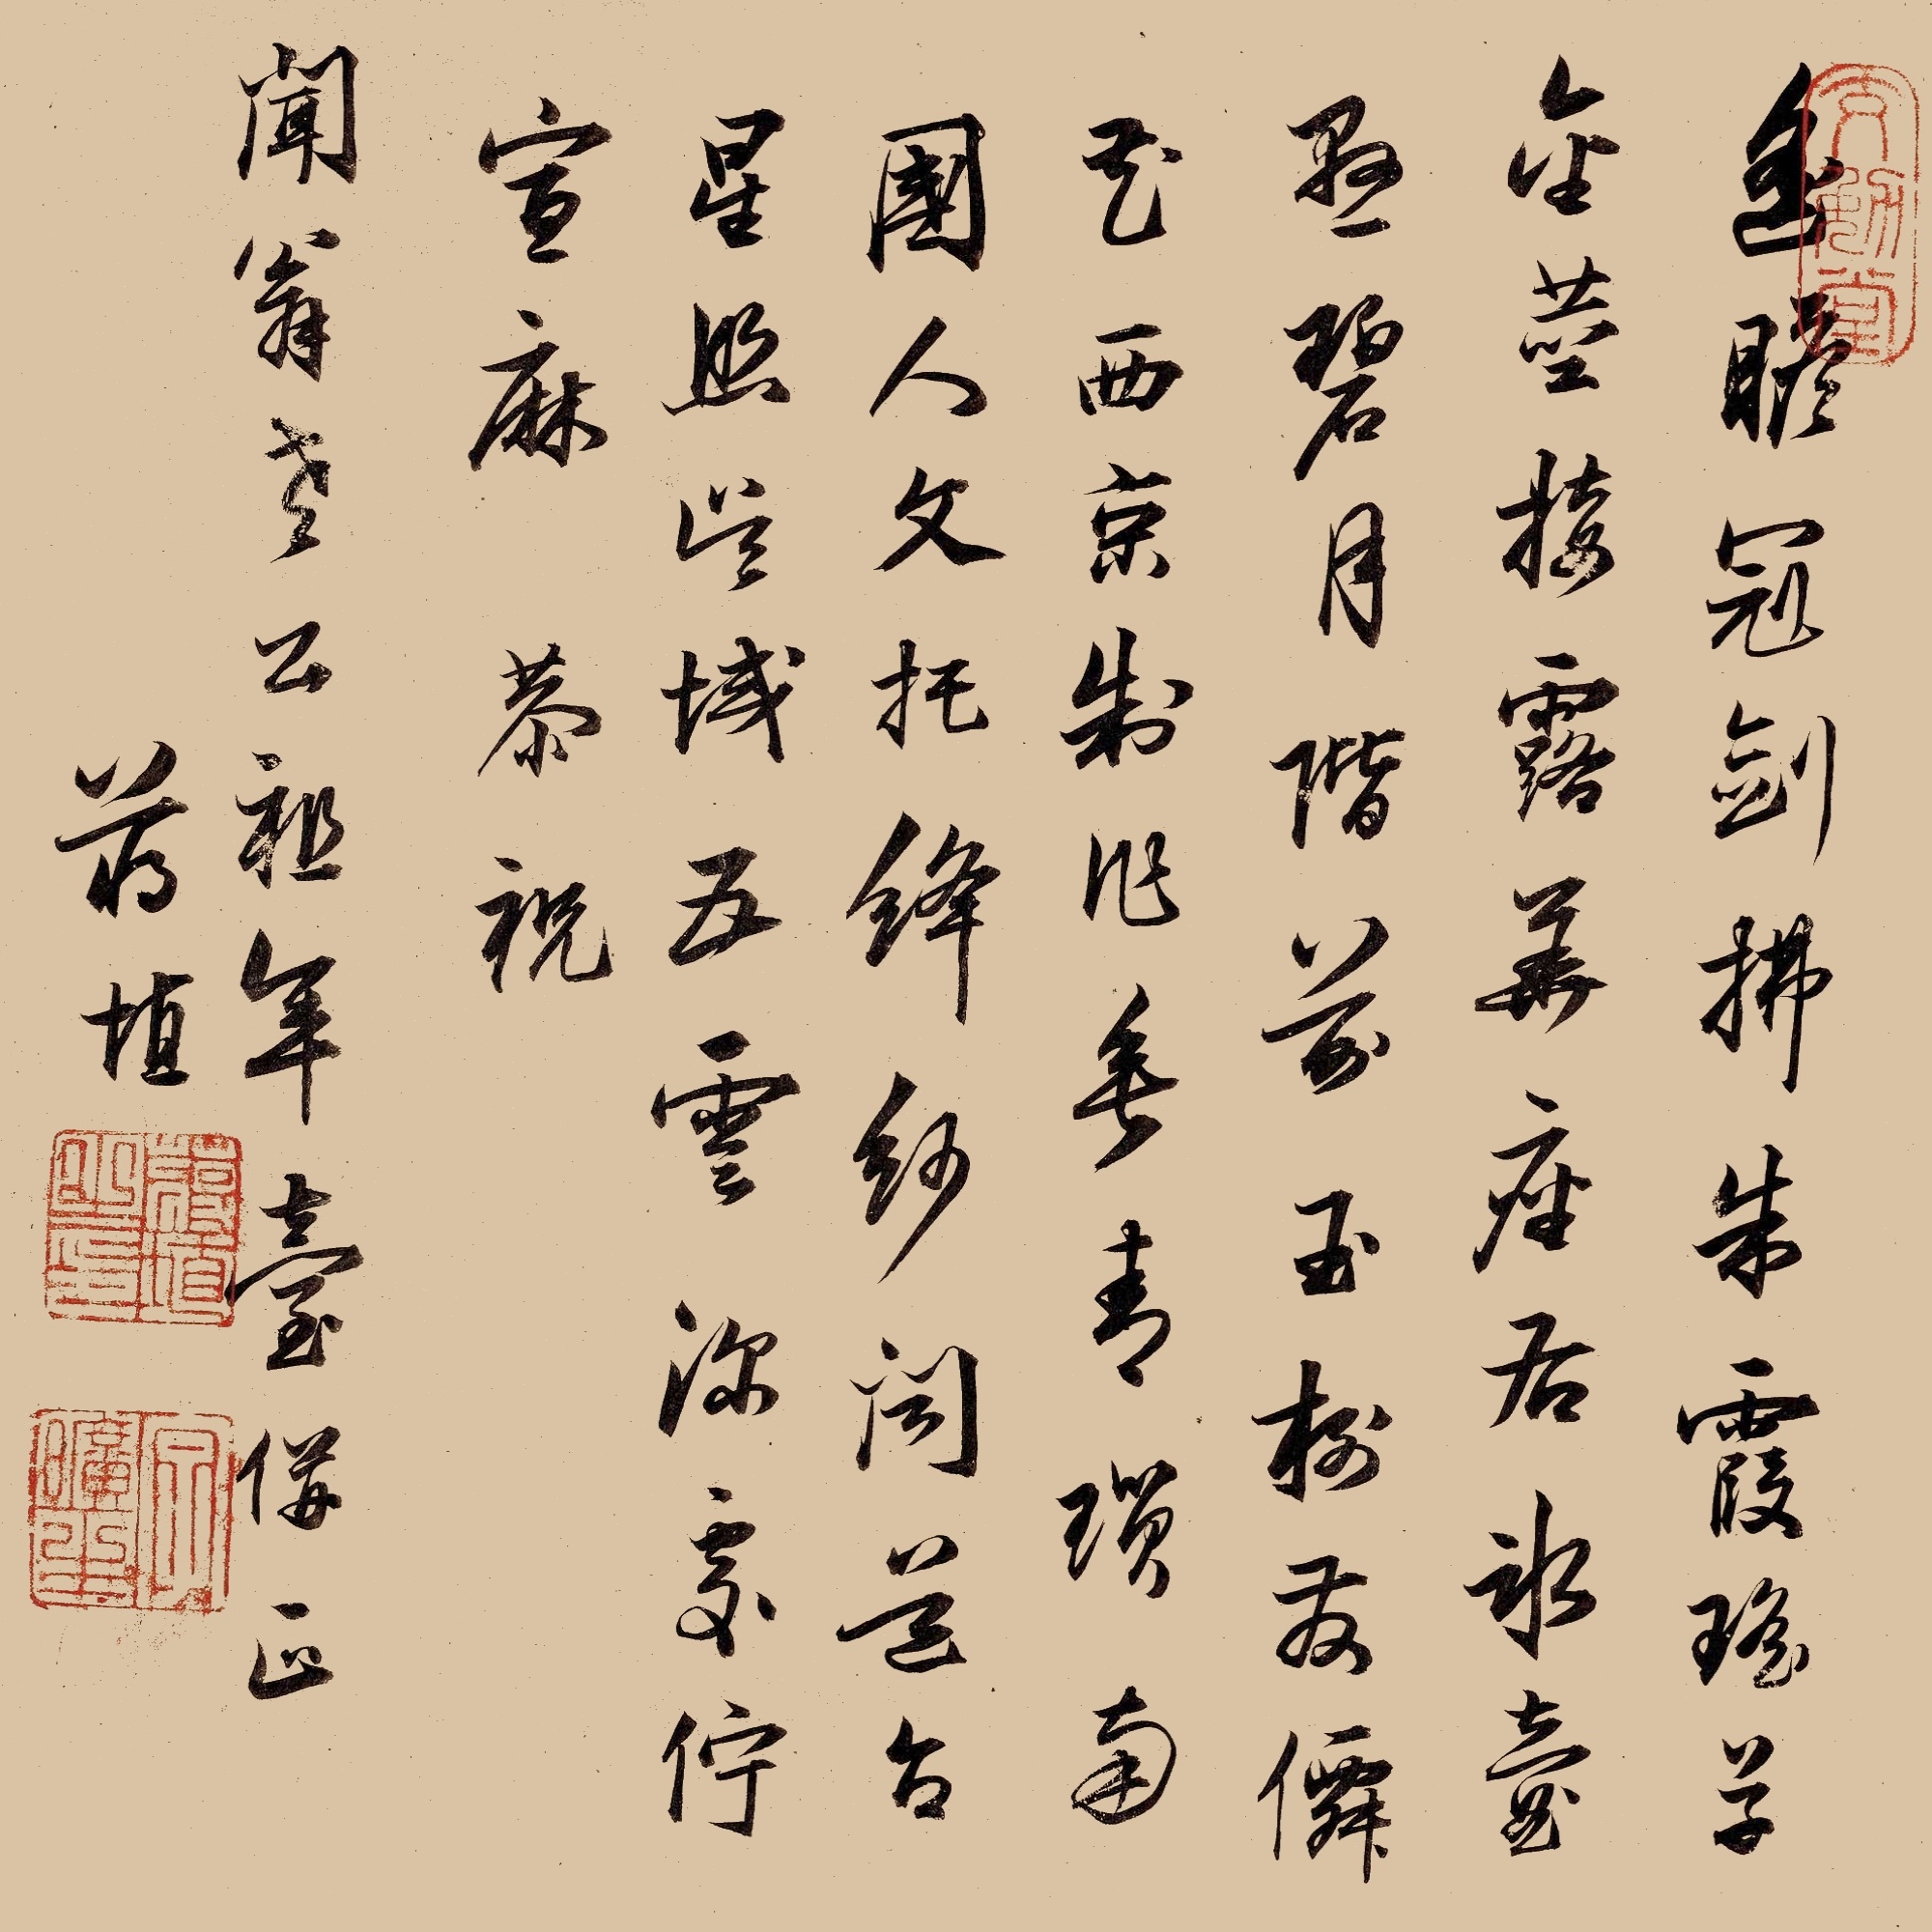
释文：遥瞻冠剑拂朱霞，瑶草金茎接露华。座右冰壶悬碧月，阶前玉树发仙花。西京制作无青琐，南国人文托绛纱。闻道台星照吴域，五云深处伫宣麻。恭祝闻翁老公祖年台并正，蒋埴。